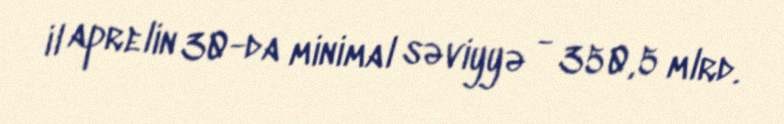
il aprelin 30-da minimal səviyyə - 350,5 mlrd.